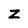
Character: Z